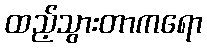
ထည့်သွားတာကရော